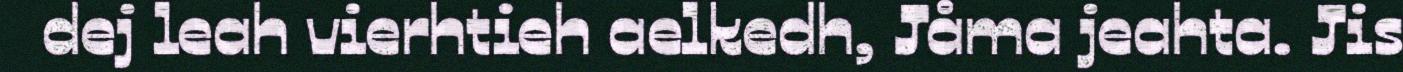
dej leah vierhtieh aelkedh, Jåma jeahta. Jis